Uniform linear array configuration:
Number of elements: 32
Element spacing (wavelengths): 0.5
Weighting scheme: exponential
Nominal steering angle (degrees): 45
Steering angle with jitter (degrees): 44.775
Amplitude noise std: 0.05
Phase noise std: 0.05

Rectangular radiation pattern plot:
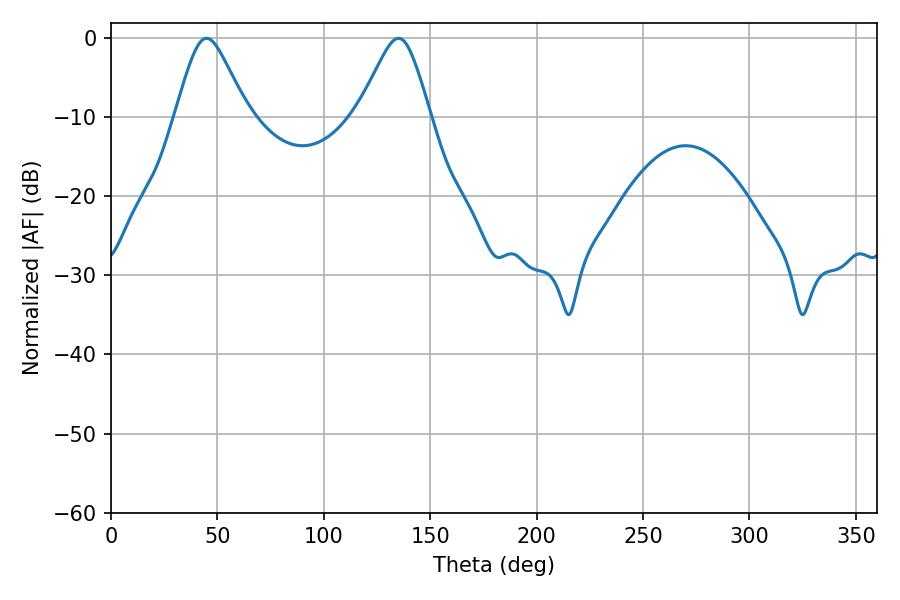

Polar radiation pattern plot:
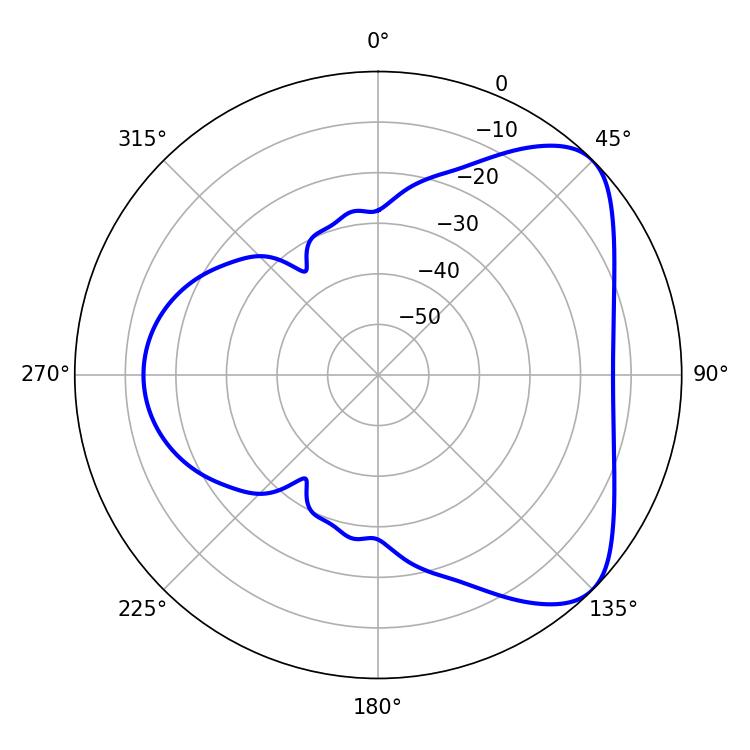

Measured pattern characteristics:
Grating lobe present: FALSE
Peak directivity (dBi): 6.079
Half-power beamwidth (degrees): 16.38
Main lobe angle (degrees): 135.18